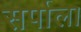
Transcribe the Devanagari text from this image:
सर्पाला